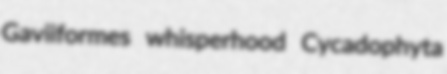
Gaviiformes whisperhood Cycadophyta